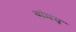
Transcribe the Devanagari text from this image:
वांमय